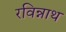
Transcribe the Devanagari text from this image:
रविन्नाथ